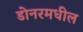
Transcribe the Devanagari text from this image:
डोनरमधील